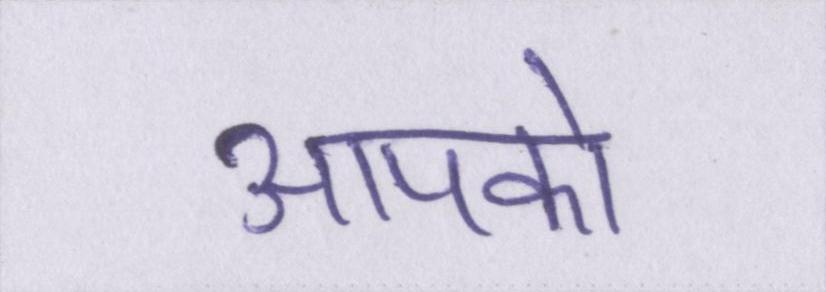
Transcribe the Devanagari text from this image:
आपको